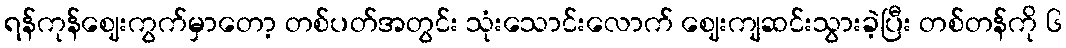
ရန်ကုန်ဈေးကွက်မှာတော့ တစ်ပတ်အတွင်း သုံးသောင်းလောက် ဈေးကျဆင်းသွားခဲ့ပြီး တစ်တန်ကို ၆